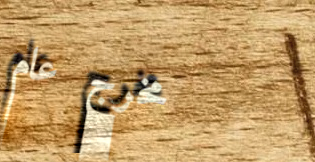
مخرج عام